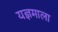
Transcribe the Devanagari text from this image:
यज्ञमाला